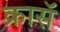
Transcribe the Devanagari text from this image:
क्रासॅ